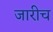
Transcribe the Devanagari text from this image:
जारीच